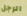
الرجل